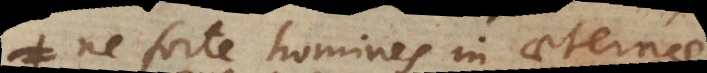
ne forte homines in aeternae